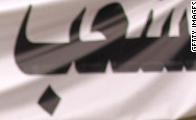
سعب